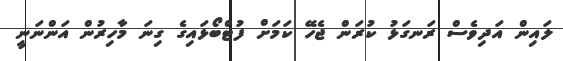
ލައިން އަދިވެސް ރަނގަޅު ކުރަން ޖެހޭ ކަމަށް ފުޓްބޯޅައިގެ ގިނަ މާހިރުން އަންނަނީ